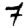
Digit: 7